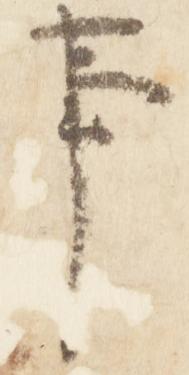
事